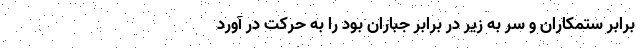
برابر ستمکاران و سر به زیر در برابر جباران بود را به حرکت در آورد